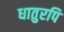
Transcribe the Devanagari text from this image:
धातुरपि